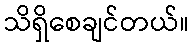
သိရှိစေချင်တယ်။